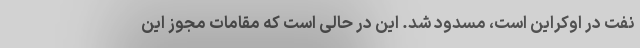
نِفت در اوکراین است، مسدود شد. این در حالی است که مقامات مجوز این